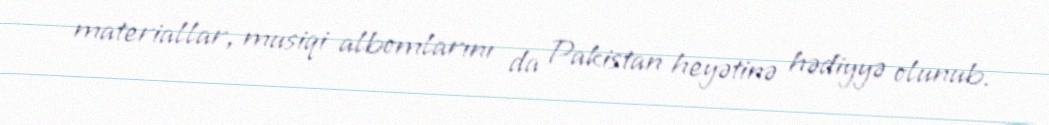
materiallar, musiqi albomlarını da Pakistan heyətinə hədiyyə olunub.